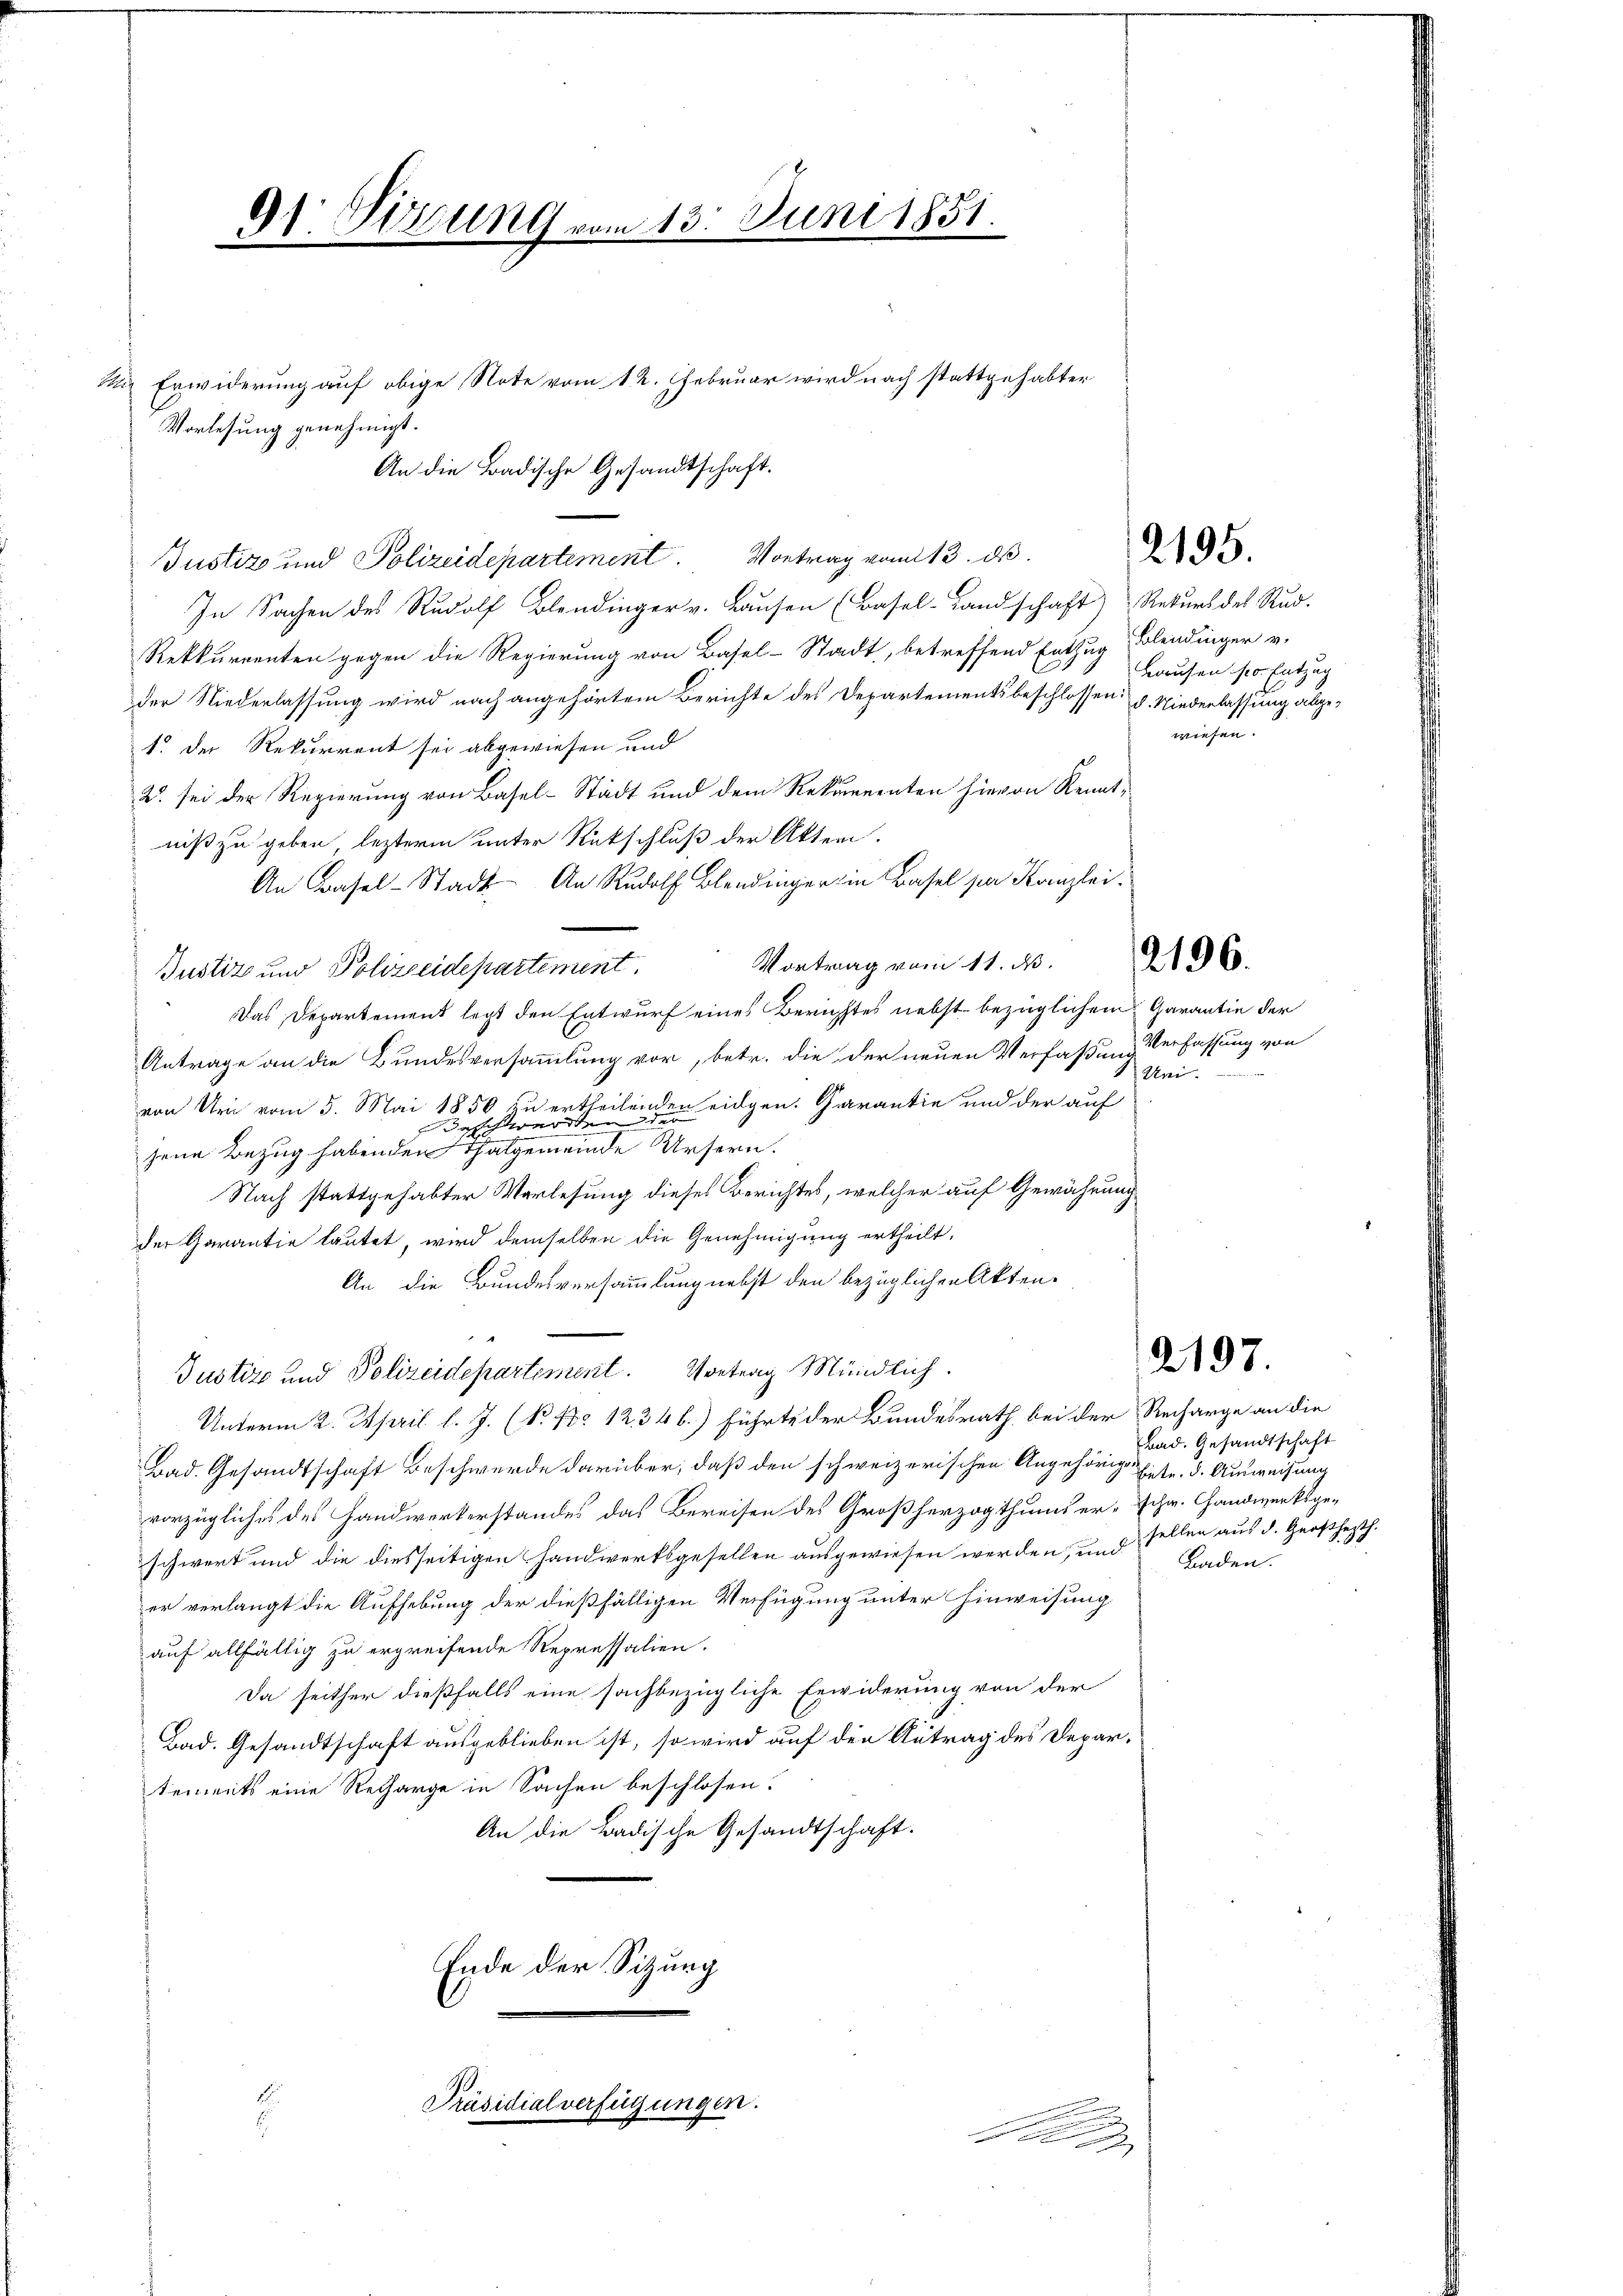
91. Sitzung vom 13. Juni 1851.

Vorlesung genehmigt.
Justiz und Polizeidepartement. Vortrag vom 13. ds.
In Sachen des Rudolf Blendinger v. Hausen (Basel-Landschaft) Rekurs des Rud.
Rekkurrenten gegen die Regierung von Basel-Stadt, betreffend Entzug, Blendinger v.
der Niederlassung wird nach angehörtem Berichte des Departementsbeschlossen p. Niederlassung abge-
1. Der Rekurrent sei abgewiesen und
2. sei der Regierung von Basel-Stadt und dem Rekurrenten hievon Kenntniß zu geben, lezterm unter Rückschluß der Akten.
An Basel-Stadt An Rudolf Blendinger in Basel par Kanzlei¬
Vortrag vom 11. d.
Justiz und Polizeidepartement.
Das Departement legt den Entwurf eines Berichtes nebst bezüglichem Garantie der
Antrage an die Bundesversammlung vor, betr. die der neuen Verfaßung Verfassung von
von Uri vom 3. Mai 1850 zu ertheilenden eidgen. Garantie und der auf
jene Bezug habenden Thatgemeinde Ursern.
Nach stattgehabter Vorlesung dieses Berichtes, welcher auf Gewähnung
der Garantie lautet, wird demselben die Genehmigung ertheilt,
An die Bundesversammlung nebst den bezüglichen Akten.
Justiz und Polizeidepartement. Vortrag Mündlich.
Unterm 2. April l. J. (N. No 1234 b.) führte der Bundesrath bei der Recharge an die
Bad. Gesandtschaft Beschwerde darüber, daß den schweizerischen Angehörigen hetr. d. Ausweisung
vorzügliches des Handwerkerstandes das Bereisen des Großherzogthums erschr. Handwerksgeschwert und die diesseitigen Handwerksgesellen ausgewiesen werden, und Baden.
er verlangt die Aufhebung der dießfälligen Verfügung unter Hinweisung
auf allfällig zu ergreifende Repressalien.
Da seither dießfalls eine sachbezügliche Erwiderung von der
Bad. Gesandtschaft ausgeblieben ist, so wird auf den Antrag des Departements eine Recharge in Sachen beschlosen.
An die Badische Gesandtschaft.
Ende der Sitzung
Präsidialverfügungen.
1

Mi Erwiderung auf obige Note vom 12. Februar wird nach stattgehabter

An die Badische Gesandtschaft.

2195.

Bausen so. Entzug
wiesen.

2196.

Uri.

2197.

Bad. Gesandtschaft
sellen aus d. Großhezth.